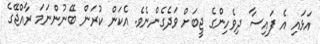
އަޅައި އެ ފައިސާ ދިވެހިންގެ ޖީބަށް ވަދެގެންނެވެ. އެކަން ކުރަން ބޭނުންނަމަ ރާއްޖޭގެ